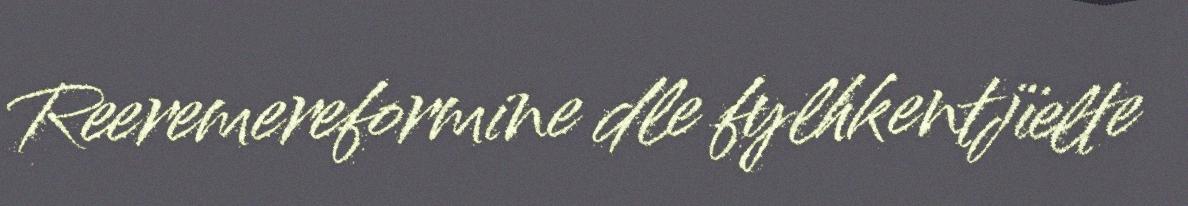
Reeremereformine dle fylhkentjïelte